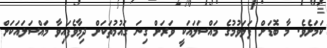
ކަމަށެވެ. މާ ބޮޑަށް ފަލަވުމުގެ މައްސަލައަކީ ވަރަށް ގިނަ ގައުމުތަކަށް ދިމާވެފައިވާ މައްސަލައަކަށް